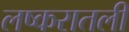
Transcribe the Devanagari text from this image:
लष्करातली